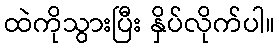
ထဲကိုသွားပြီး နှိပ်လိုက်ပါ။